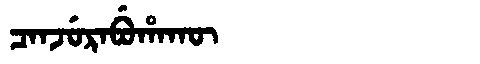
Manchu: ᠴᠠᠨᠵᡠᡵᠠᠪᡠᡥᠠᡴᡡ
Romanization: CANJURABUHAKŪ